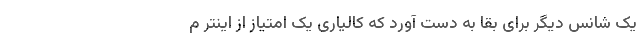
یک شانس دیگر برای بقا به دست آورد که کالیاری یک امتیاز از اینتر م